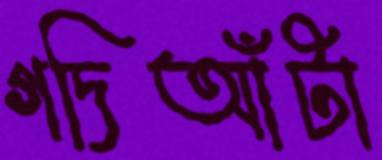
গদিআঁটা